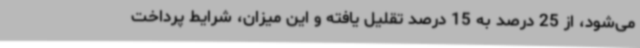
می‌شود، از 25 درصد به 15 درصد تقلیل یافته و این میزان، شرایط پرداخت